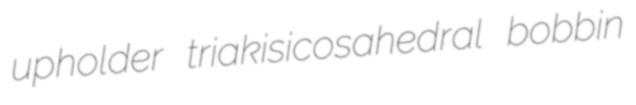
upholder triakisicosahedral bobbin